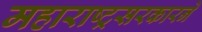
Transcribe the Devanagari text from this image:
महाराष्ट्रसरकारने